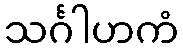
သင်္ဂါဟကံ